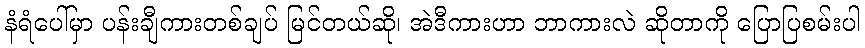
နံရံပေါ်မှာ ပန်းချီကားတစ်ချပ် မြင်တယ်ဆို၊ အဲဒီကားဟာ ဘာကားလဲ ဆိုတာကို ပြောပြစမ်းပါ